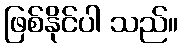
ဖြစ်နိုင်ပါ သည်။